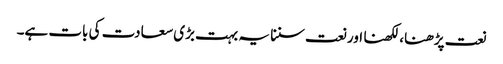
نعت پڑھنا، لکھنا اور نعت سننا یہ بہت بڑی سعادت کی بات ہے۔